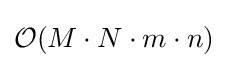
{\mathcal {O}}(M\cdot N\cdot m\cdot n)